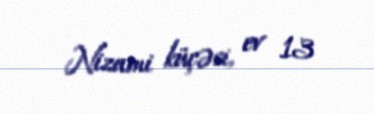
Nizami küçəsi, ev 13